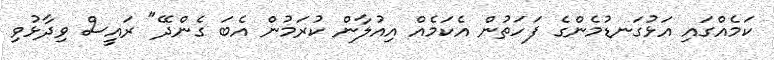
ކަމެއްގައި އަޅުގަނޑުމެންގެ ފަހަތުން އެކަމެއް އިއުލާން ކުރަމުން އެބަ ގެންދޭ" ރައީސް ވިދާޅުވި